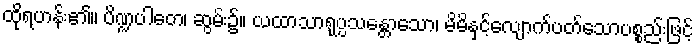
ထိုရဟန်း၏။ ပိဏ္ဍပါတေ၊ ဆွမ်း၌။ ယထာသာရုပ္ပသန္တောသော၊ မိမိနှင့်လျောက်ပတ်သောပစ္စည်းဖြင့်